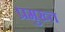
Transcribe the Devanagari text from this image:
प्रमुख्त